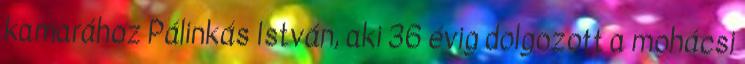
kamarához Pálinkás István, aki 36 évig dolgozott a mohácsi